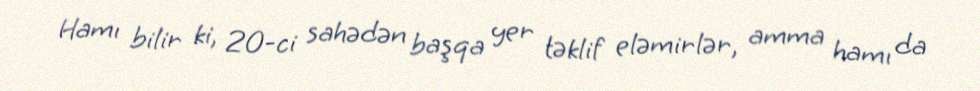
Hamı bilir ki, 20-ci sahədən başqa yer təklif eləmirlər, amma hamı da